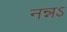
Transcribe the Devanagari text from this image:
नन्नऽ